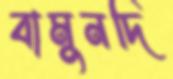
বামুনদি